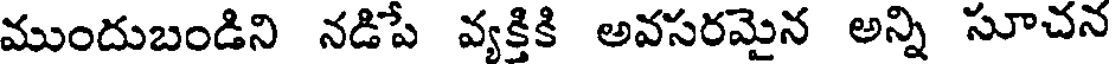
ముందుబండిని నడిపే వ్యక్తికి అవసరమైన అన్ని సూచన